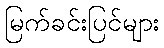
မြက်ခင်းပြင်များ